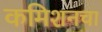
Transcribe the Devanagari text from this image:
कमिशनचा